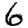
Digit: 6